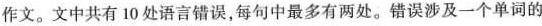
作文。文中共有 10 处语言错误，每句中最多有两处。错误涉及一个单词的